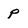
Character: p